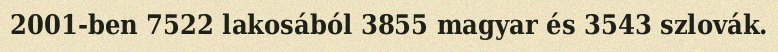
2001-ben 7522 lakosából 3855 magyar és 3543 szlovák.